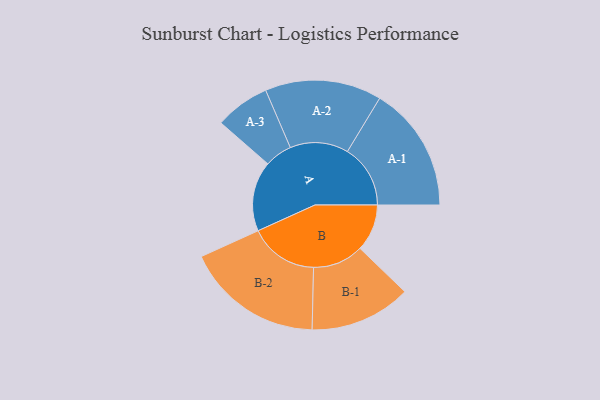
{"axis": {"x": "Segment", "y": "Value"}, "legend": ["", "A", "B"], "data": [{"x": "A", "y": 286, "type": ""}, {"x": "B", "y": 192, "type": ""}, {"x": "A-1", "y": 257, "type": "A"}, {"x": "A-2", "y": 238, "type": "A"}, {"x": "A-3", "y": 112, "type": "A"}, {"x": "B-1", "y": 207, "type": "B"}, {"x": "B-2", "y": 281, "type": "B"}]}